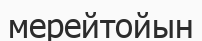
мерейтойын